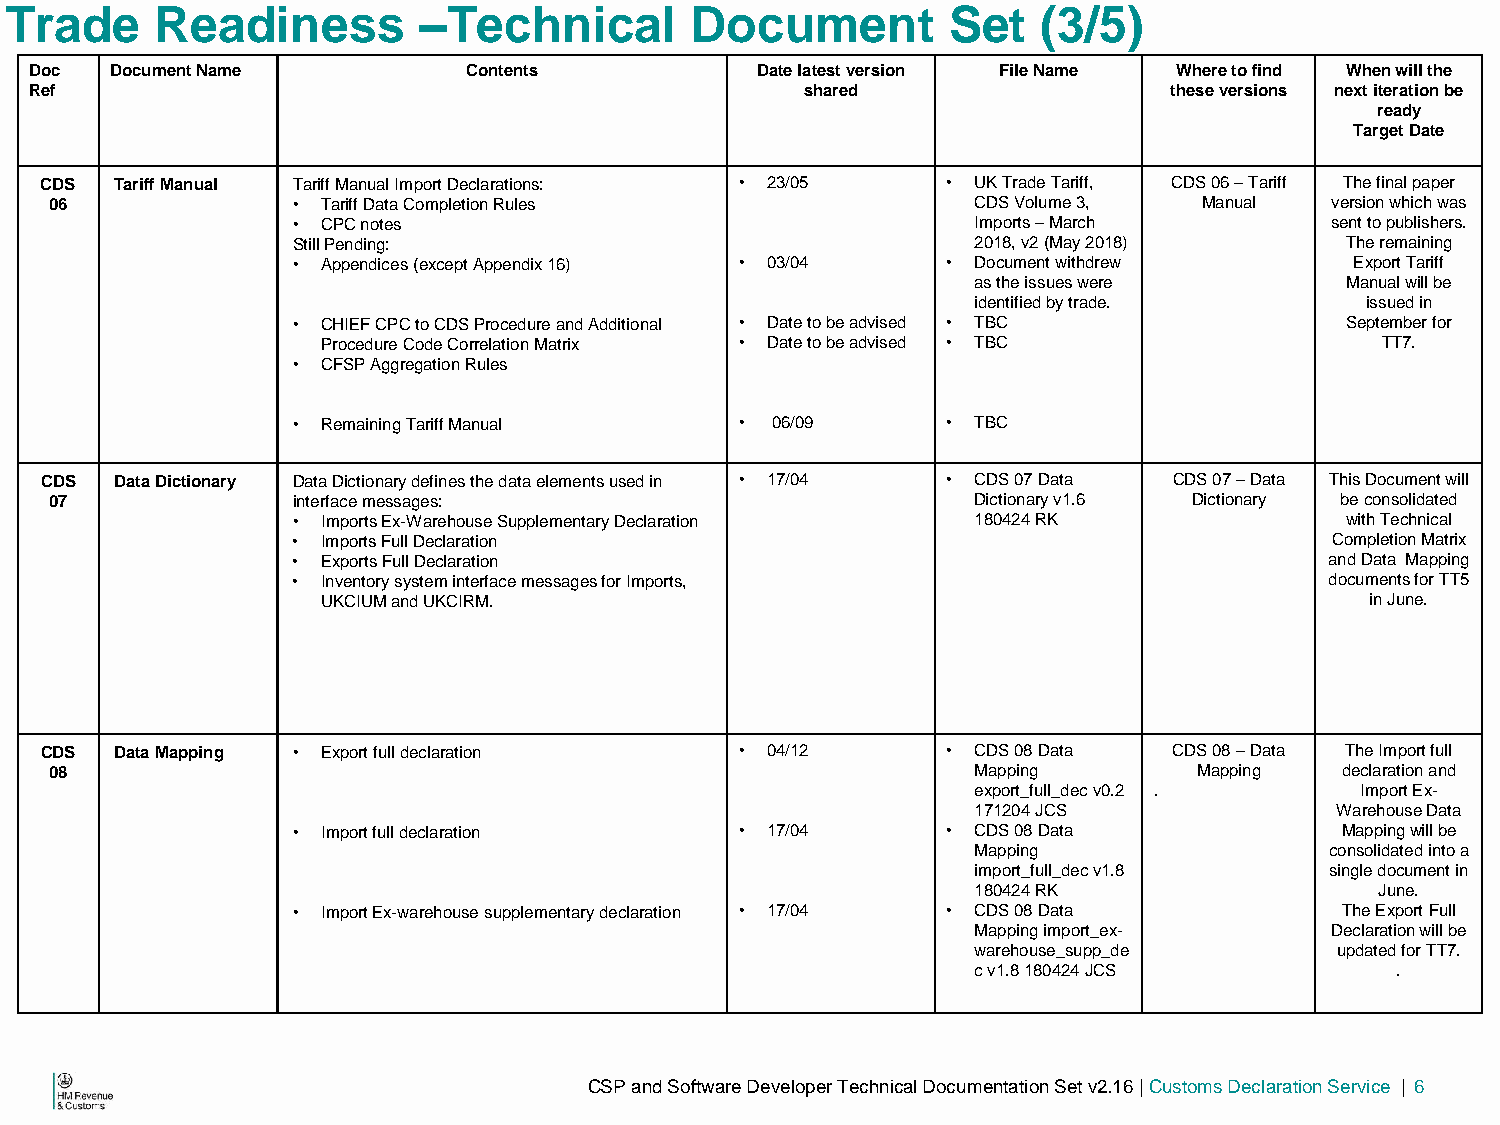
Trade     Readiness         –Technical        Document         Set   (3/5)
 Doc  Document Name           Contents           Date latest version File Name Where to find When will the
 Ref                                                shared                  these versions next iteration be
 ready
 Target Date
 CDS  Tariff Manual Tariff Manual Import Declarations: • 23/05 • UK Trade Tariff, CDS 06 – Tariff The final paper
 06              • Tariff Data Completion Rules                CDS Volume 3,  Manual  version which was
 • CPC notes                                   Imports – March        sent to publishers.
 Still Pending:                                2018, v2 (May 2018)     The remaining
 • Appendices (except Appendix 16) • 03/04   • Document withdrew        Export Tariff
 as the issues were      Manual will be
 identified by trade.     issued in
 • CHIEF CPC to CDS Procedure and Additional • Date to be advised • TBC September for
 Procedure Code Correlation Matrix • Date to be advised • TBC          TT7.
 • CFSP Aggregation Rules
 • Remaining Tariff Manual     • 06/09       • TBC
 CDS  Data Dictionary Data Dictionary defines the data elements used in • 17/04 • CDS 07 Data CDS 07 – Data This Document will
 07              interface messages:                           Dictionary v1.6 Dictionary be consolidated
 • Imports Ex-Warehouse Supplementary Declaration 180424 RK            with Technical
 • Imports Full Declaration                                           Completion Matrix
 • Exports Full Declaration                                           and Data Mapping
 • Inventory system interface messages for Imports,                   documents for TT5
 UKCIUM and UKCIRM.                                                    in June.
 CDS  Data Mapping • Export full declaration   • 04/12       • CDS 08 Data  CDS 08 – Data The Import full
 08                                                            Mapping       Mapping   declaration and
 export_full_dec v0.2 .   Import Ex-
 171204 JCS             Warehouse Data
 • Import full declaration     • 17/04       • CDS 08 Data             Mapping will be
 Mapping                consolidated into a
 import_full_dec v1.8   single document in
 180424 RK                 June.
 • Import Ex-warehouse supplementary declaration • 17/04 • CDS 08 Data The Export Full
 Mapping import_ex-     Declaration will be
 warehouse_supp_de       updated for TT7.
 c v1.8 180424 JCS          .
 I@                                  CSP and Software Developer Technical Documentation Set v2.16 | Customs Declaration Service | 6
 HM Revenue
 &Customs